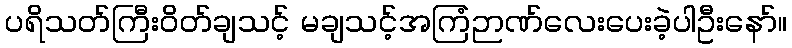
ပရိသတ်ကြီးဝိတ်ချသင့် မချသင့်အကြံဉာဏ်လေးပေးခဲ့ပါဦးနော်။